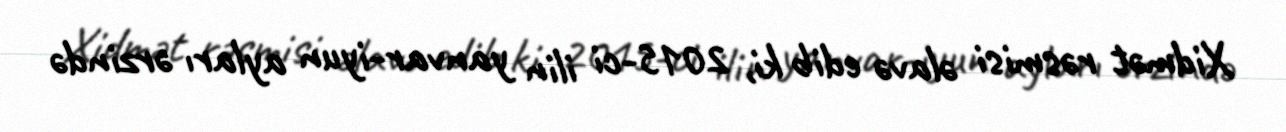
Xidmət rəsmisi əlavə edib ki, 2015-ci ilin yanvar-iyun ayları ərzində